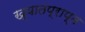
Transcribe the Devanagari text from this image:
ख्यातप्राप्त